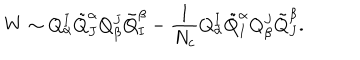
W \sim Q _ { \alpha } ^ { I } \tilde { Q } _ { J } ^ { \alpha } Q _ { \beta } ^ { J } \tilde { Q } _ { I } ^ { \beta } - \frac { 1 } { N _ { c } } Q _ { \alpha } ^ { I } \tilde { Q } _ { I } ^ { \alpha } Q _ { \beta } ^ { J } \tilde { Q } _ { J } ^ { \beta } .